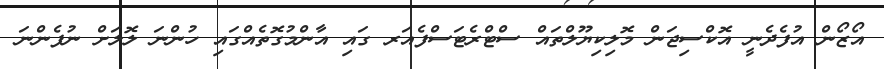
އޯޒޯން އުފެދެނީ އޮކްސިޖަން މޮލިކިޔޫލްތައް ސްޓްރެޓަސްފެއަރ ގައި އާންމުގޮތެއްގައި ހުންނަ ލޮލަށް ނުފެންނަ